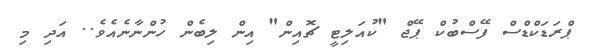
ޕްރަޑަކްޑްސް ފޭސްބުކް ޕޭޖް "ކުއަލިޓީ ޗޮއިން" އިން ލިބެން ހުންނާނެއެވެ.. އަދި މި